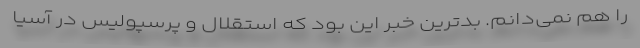
را هم نمی‌دانم. بدترین خبر این بود که استقلال و پرسپولیس در آسیا